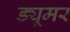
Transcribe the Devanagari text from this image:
ड्यूमर